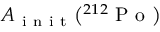
A _ { \mathrm { ~ i ~ n ~ i ~ t ~ } } \big ( { } ^ { 2 1 2 } \mathrm { ~ P ~ o ~ } \big )